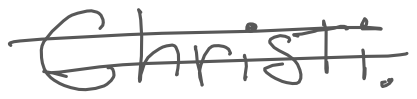
Text: Christi.
Cross-out: mix
Writing tool: digital_gray